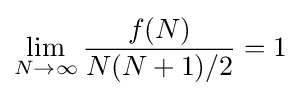
\lim _{N\to \infty }{\frac {f(N)}{N(N+1)/2}}=1